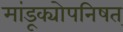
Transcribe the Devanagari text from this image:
मांडूक्योपनिषत्